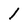
Character: l